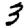
Digit: 3